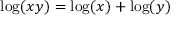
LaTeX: \log ( x y ) = \log ( x ) + \log ( y )